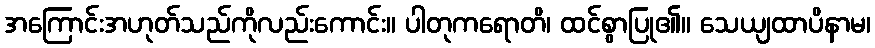
အကြောင်းအဟုတ်သည်ကိုလည်းကောင်း။ ပါတုကရောတိ၊ ထင်စွာပြု၏။ သေယျထာပိနာမ၊